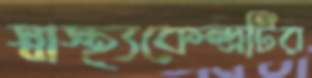
স্বাস্থ্যকেন্দ্রটির